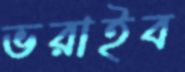
ভরাইব